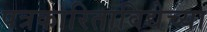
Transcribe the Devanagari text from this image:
पत्रकारिताविद्येच्या